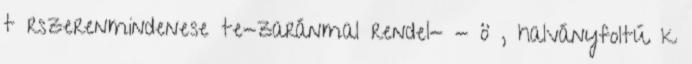
t rszerenmindenese te-zaránmal rendel- - ö , halványfoltú k